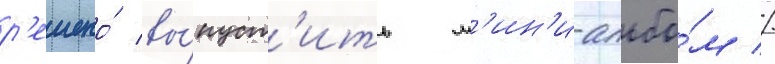
р'ешено́ вы́пуст'ить м'ин'и-альбо́м //